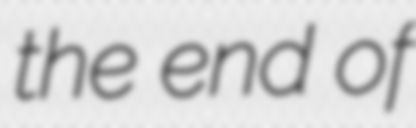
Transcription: the end of